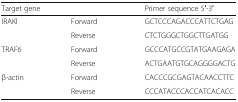
<table><thead><tr><td colspan="2"><b>Target gene</b></td><td><b>Primer sequence 5′-3′</b></td></tr></thead><tbody><tr><td rowspan="2">IRAKl</td><td>Forward</td><td>GCTCCCAGACCCATTCTGAG</td></tr><tr><td>Reverse</td><td>CTCTGGGCTGGCTTGATGG</td></tr><tr><td rowspan="2">TRAF6</td><td>Forward</td><td>GCCCATGCCGTATGAAGAGA</td></tr><tr><td>Reverse</td><td>ACTGAATGTGCAGGGGACTG</td></tr><tr><td rowspan="2">β-actin</td><td>Forward</td><td>CACCCGCGAGTACAACCTTC</td></tr><tr><td>Reverse</td><td>CCCATACCCACCATCACACC</td></tr></tbody></table>